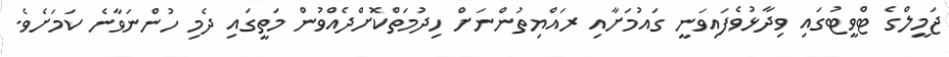
ޖަމީލްގެ ޓްވީޓުގައި ވިދާޅުވެފައިވަނީ ގައުމަށާއި ރައްޔިތުންނަށް ހިދުމަތްކޮށްދެއްވުން މަތީގައި ދެމި ހުންނަވާނެ ކަމަށެވެ.